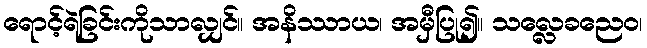
ရောင့်ရဲခြင်းကိုသာလျှင်။ အနိဿာယ၊ အမှီပြု၍။ သလ္လေခညေဝ၊